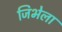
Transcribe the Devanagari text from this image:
जिभेला